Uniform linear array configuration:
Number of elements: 48
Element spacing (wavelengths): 1
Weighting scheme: binomial
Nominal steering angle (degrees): -15
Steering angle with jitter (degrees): -15.851
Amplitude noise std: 0.05
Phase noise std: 0.05

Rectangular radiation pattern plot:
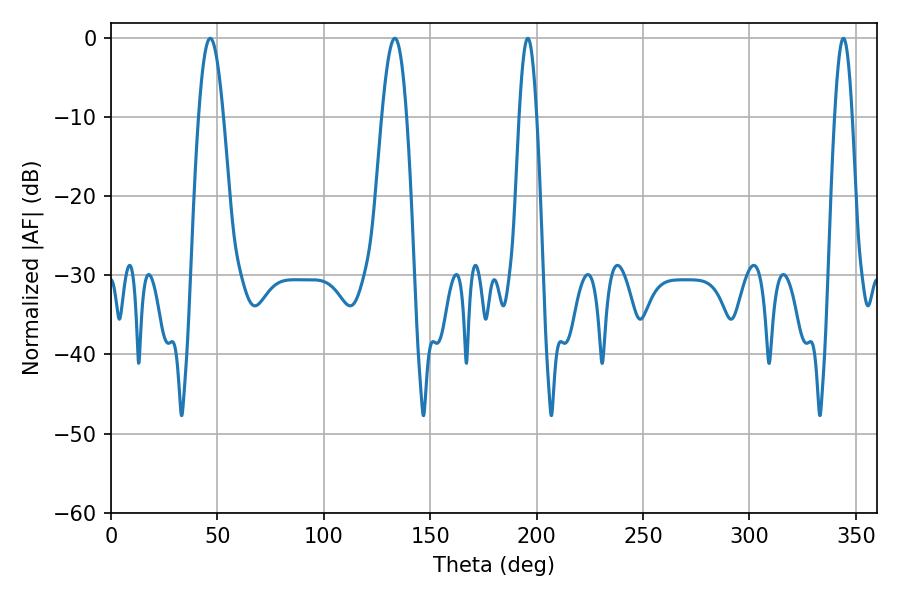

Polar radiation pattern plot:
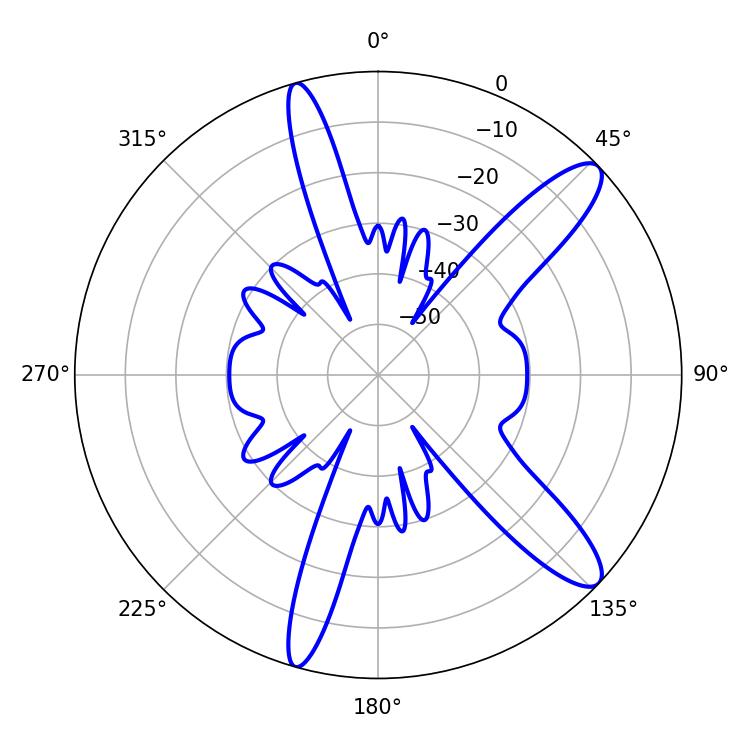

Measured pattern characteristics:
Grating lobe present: TRUE
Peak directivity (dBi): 11.931
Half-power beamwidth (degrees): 6.3
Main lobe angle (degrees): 46.62